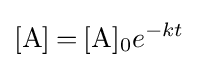
{\ce {[A] = [A]0}}e^{-kt}